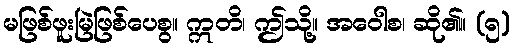
မဖြစ်ဖူးမြဲဖြစ်ပေစွ။ ဣတိ၊ ဤသို့။ အဝေါစ၊ ဆို၏။ (၅)